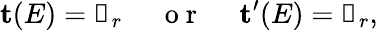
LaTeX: \textbf{t}(E)=\mathbb{0}_{r}~~~~~\mathrm{~o~r~}~~~~~\textbf{t}^{\prime}(E)=\mathbb{0}_{r},